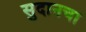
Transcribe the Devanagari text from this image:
सुदानचा